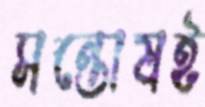
সন্তোষই